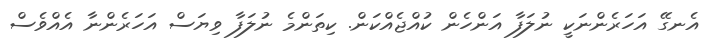
އެނގޭ އަހަރެންނަކީ ނުލަފާ އަންހެން ކުއްޖެއްކަން. ކިތަންމެ ނުލަފާ ވިޔަސް އަހަރެންނާ އެއްވެސް